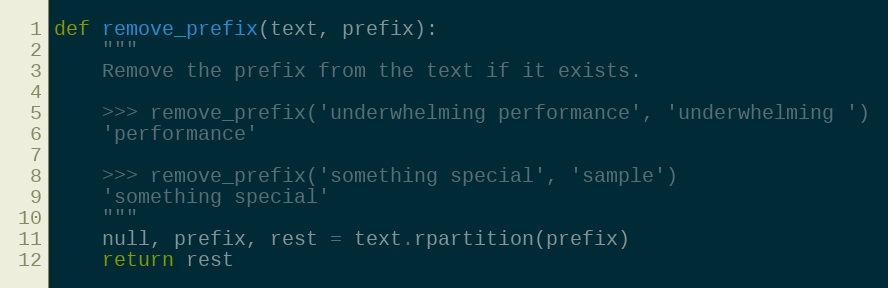
Language: Python
def remove_prefix(text, prefix):
	"""
	Remove the prefix from the text if it exists.

	>>> remove_prefix('underwhelming performance', 'underwhelming ')
	'performance'

	>>> remove_prefix('something special', 'sample')
	'something special'
	"""
	null, prefix, rest = text.rpartition(prefix)
	return rest